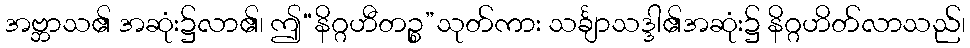
အဗ္ဘာသ၏ အဆုံး၌လာ၏၊ ဤ“နိဂ္ဂဟီတဉ္စ”သုတ်ကား သင်္ချာသဒ္ဒါ၏အဆုံး၌ နိဂ္ဂဟိတ်လာသည်၊